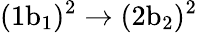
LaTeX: \mathrm{(1b_{1})^{2}\rightarrow(2b_{2})^{2}}